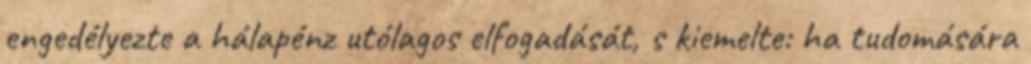
engedélyezte a hálapénz utólagos elfogadását, s kiemelte: ha tudomására